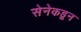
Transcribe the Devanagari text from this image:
सेनेकडून